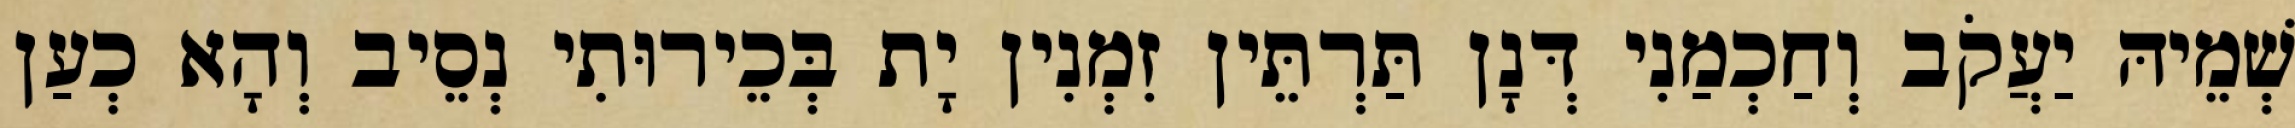
שְׁמֵיהּ יַעֲקֹב וְחַכְמַנִי דְּנָן תַּרְתֵּין זִמְנִין יָת בְּכֵירוּתִי נְסֵיב וְהָא כְעַן